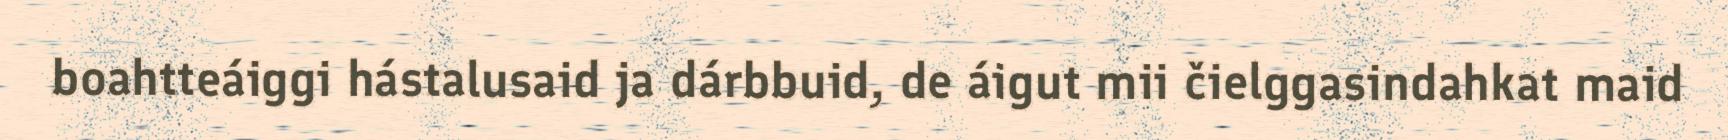
boahtteáiggi hástalusaid ja dárbbuid, de áigut mii čielggasindahkat maid